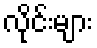
လိုင်းများ